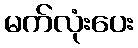
မက်လုံးပေး